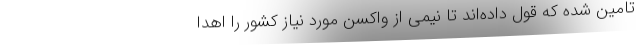
تامین شده که قول داده‌اند تا نیمی از واکسن مورد نیاز کشور را اهدا